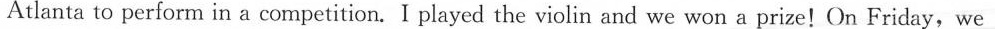
Atlanta to perform in a competition.I played the violin and we won a prize！On Friday，we